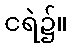
ငရဲ၌။